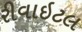
રીવાઇટલ